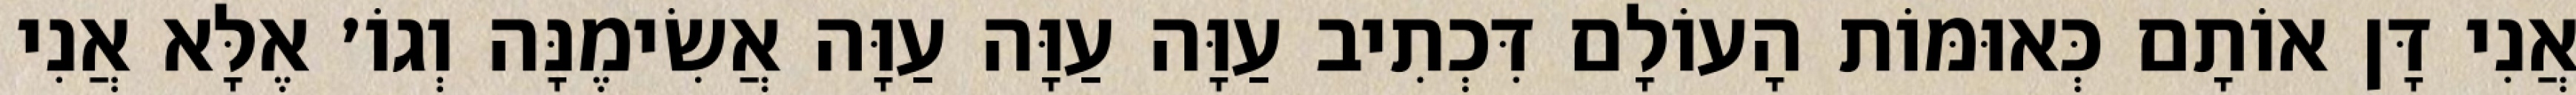
אֲנִי דָּן אוֹתָם כְּאוּמּוֹת הָעוֹלָם דִּכְתִיב עַוָּה עַוָּה עַוָּה אֲשִׂימֶנָּה וְגוֹ׳ אֶלָּא אֲנִי